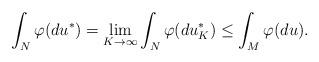
LaTeX: \begin{align*} \int_{N} \varphi (d u^*) = \lim_{K \to \infty} \int_{N} \varphi (d u_K^*) \le \int_{M} \varphi (d u).\end{align*}